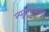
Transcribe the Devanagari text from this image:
न्युटनपेक्षाहि